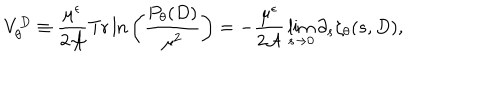
V _ { \theta } ^ { D } \equiv { \frac { \mu ^ { \epsilon } } { 2 { \cal A } } } \mathrm { T r } \, { \ln } \left( { \frac { P _ { \theta } ( D ) } { \mu ^ { 2 } } } \right) = - { \frac { \mu ^ { \epsilon } } { 2 { \cal A } } } \lim _ { s \to 0 } \partial _ { s } \zeta _ { \theta } ( s , D ) ,